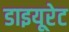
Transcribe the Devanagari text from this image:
डाइयूरेट